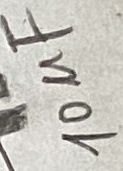
Text: 10µF